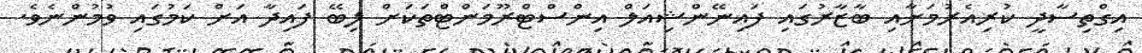
އިގްތިސާދީ ކުރިއެރުމަށާއި ބާޒާރުގައި ފައިނޭންޝިއަލް އިންސްޓްރޫމަންޓްތަކަށް ލިބޭ ފައިދާ އަށް ކަމުގައި ވުމުންނެވެ.